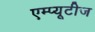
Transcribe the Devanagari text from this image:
एम्प्यूटीज